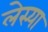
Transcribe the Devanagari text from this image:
लेस्या